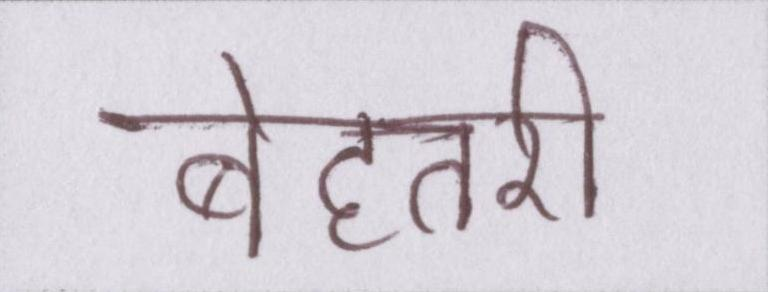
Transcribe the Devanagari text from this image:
बेहतरी